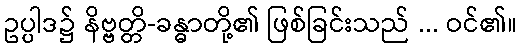
ဥပ္ပါဒ၌ နိဗ္ဗတ္တိ-ခန္ဓာတို့၏ ဖြစ်ခြင်းသည် ... ဝင်၏။